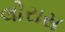
લોરાસ